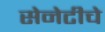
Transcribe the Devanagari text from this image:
सेनेटीचे